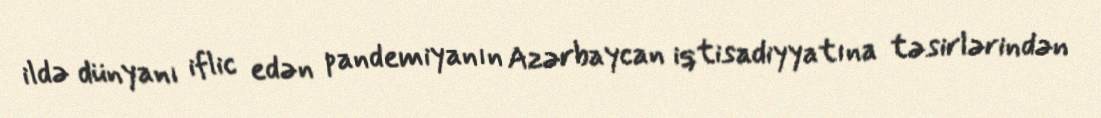
ildə dünyanı iflic edən pandemiyanın Azərbaycan iqtisadiyyatına təsirlərindən